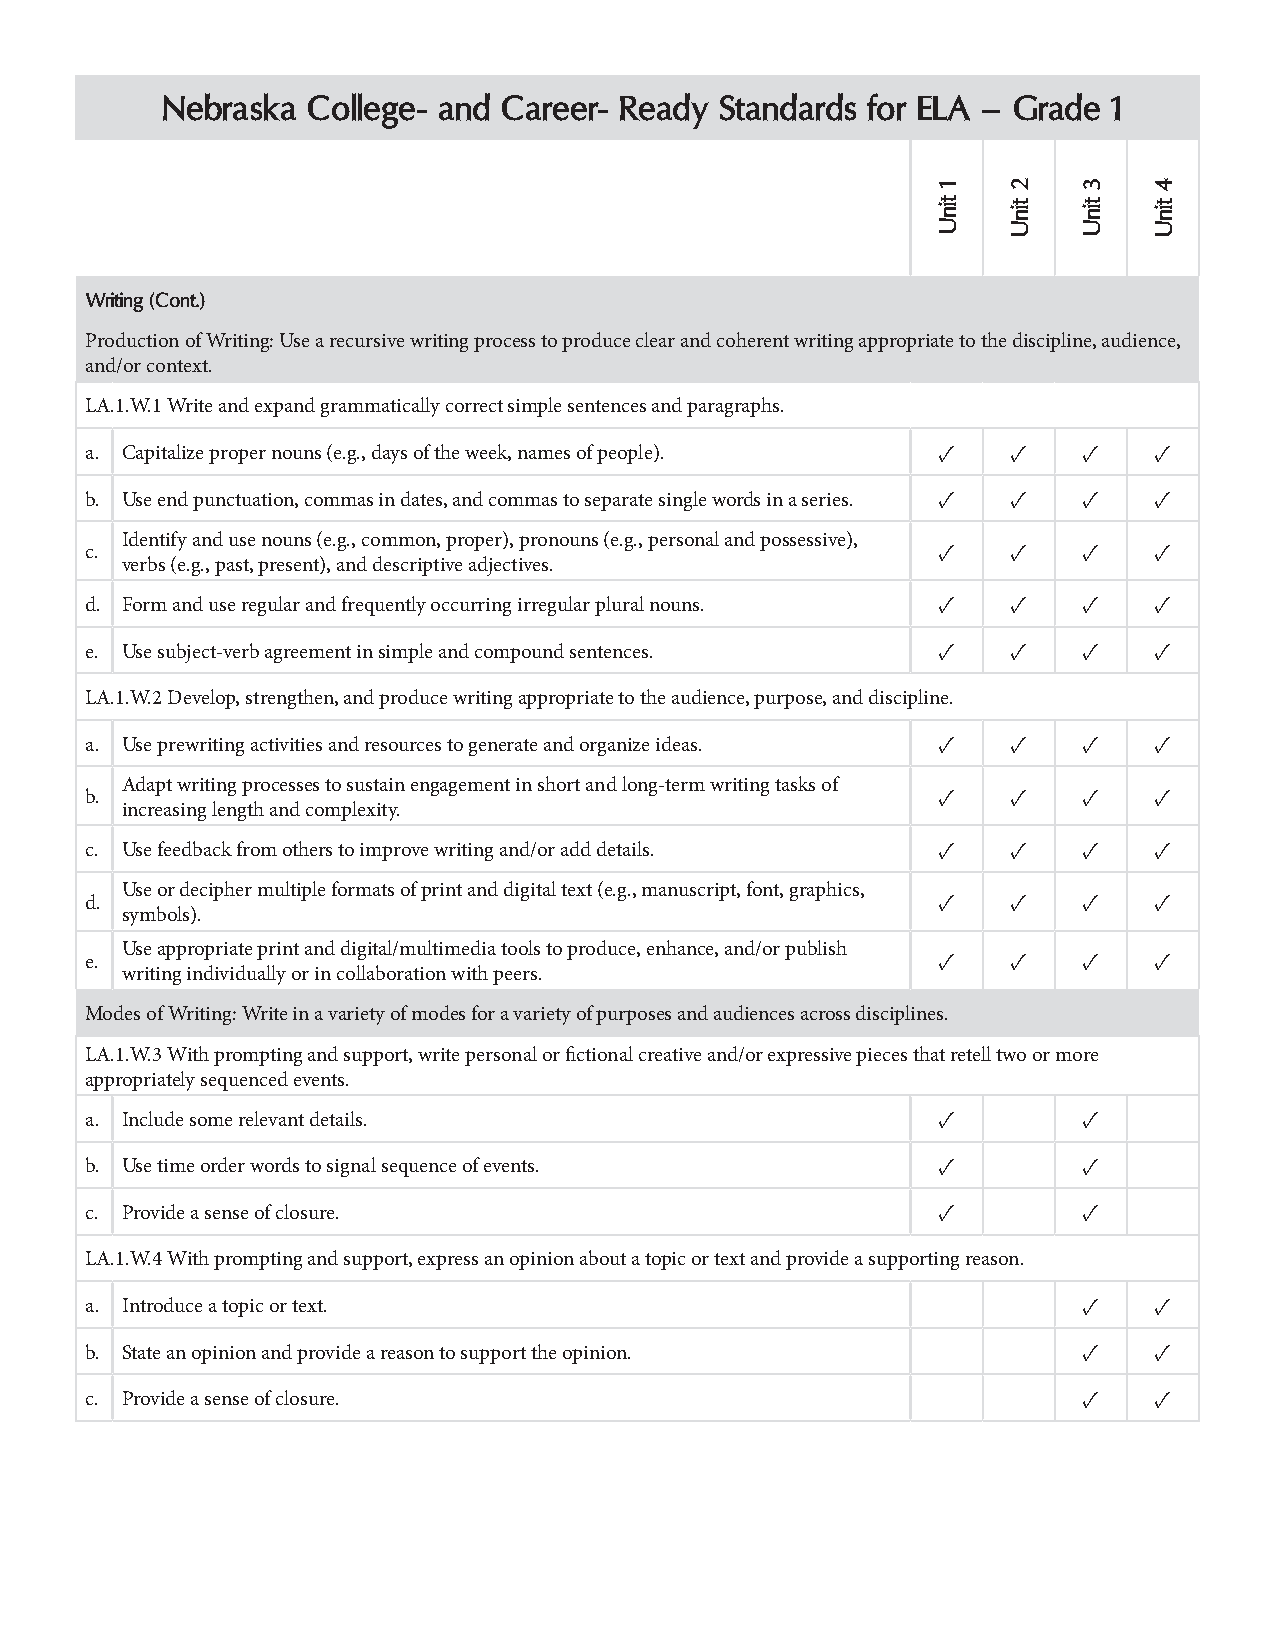
Nebraska College- and Career- Ready  Standards for ELA – Grade 1
 Writing (Cont.)
 Production of Writing: Use a recursive writing process to produce clear and coherent writing appropriate to the discipline, audience,
 and/or context.
 LA.1.W.1 Write and expand grammatically correct simple sentences and paragraphs.
 a. Capitalize proper nouns (e.g., days of the week, names of people). ✓ ✓ ✓ ✓
 b. Use end punctuation, commas in dates, and commas to separate single words in a series. ✓ ✓ ✓ ✓
 Identify and use nouns (e.g., common, proper), pronouns (e.g., personal and possessive),
 c.                                                      ✓    ✓    ✓   ✓
 verbs (e.g., past, present), and descriptive adjectives.
 d. Form and use regular and frequently occurring irregular plural nouns. ✓ ✓ ✓ ✓
 e. Use subject-verb agreement in simple and compound sentences. ✓ ✓ ✓ ✓
 LA.1.W.2 Develop, strengthen, and produce writing appropriate to the audience, purpose, and discipline.
 a. Use prewriting activities and resources to generate and organize ideas. ✓ ✓ ✓ ✓
 Adapt writing processes to sustain engagement in short and long-term writing tasks of
 b.                                                      ✓    ✓    ✓   ✓
 increasing length and complexity.
 c. Use feedback from others to improve writing and/or add details. ✓ ✓ ✓ ✓
 Use or decipher multiple formats of print and digital text (e.g., manuscript, font, graphics,
 d.                                                      ✓    ✓    ✓   ✓
 symbols).
 Use appropriate print and digital/multimedia tools to produce, enhance, and/or publish
 e.                                                      ✓    ✓    ✓   ✓
 writing individually or in collaboration with peers.
 Modes of Writing: Write in a variety of modes for a variety of purposes and audiences across disciplines.
 LA.1.W.3 With prompting and support, write personal or fictional creative and/or expressive pieces that retell two or more
 appropriately sequenced events.
 a. Include some relevant details.                       ✓         ✓
 b. Use time order words to signal sequence of events.   ✓         ✓
 c. Provide a sense of closure.                          ✓         ✓
 LA.1.W.4 With prompting and support, express an opinion about a topic or text and provide a supporting reason.
 a. Introduce a topic or text.                                     ✓   ✓
 b. State an opinion and provide a reason to support the opinion.  ✓   ✓
 c. Provide a sense of closure.                                    ✓   ✓
 1
 tinU
 2
 tinU
 3
 tinU
 4
 tinU